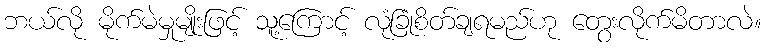
ဘယ်လို မိုက်မဲမှုမျိုးဖြင့် သူ့ကြောင့် လုံခြုံစိတ်ချရမည်ဟု တွေးလိုက်မိတာလဲ။